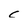
Character: c